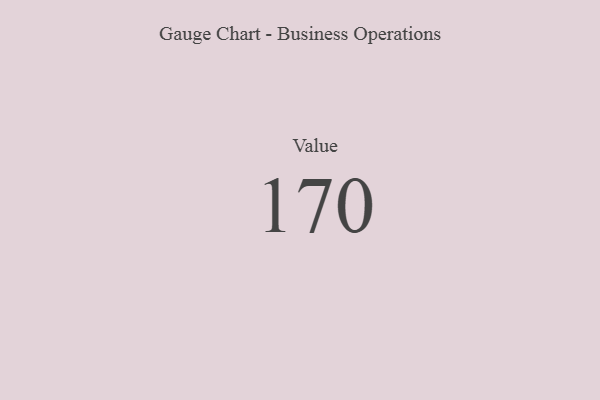
{"axis": {"x": "Metric", "y": "Value"}, "legend": [""], "data": [{"x": "Value", "y": 170, "type": ""}]}